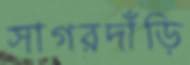
সাগরদাঁড়ি